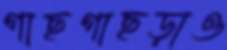
গাছগাছড়াও